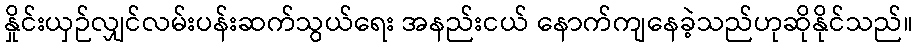
နှိုင်းယှဉ်လျှင်လမ်းပန်းဆက်သွယ်ရေး အနည်းငယ် နောက်ကျနေခဲ့သည်ဟုဆိုနိုင်သည်။